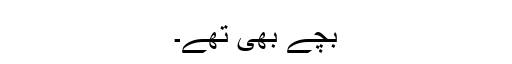
بچے بھی تھے۔